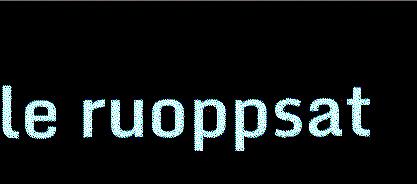
le ruoppsat